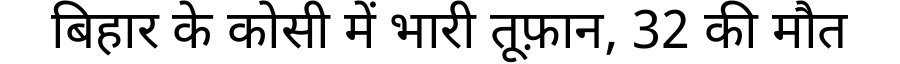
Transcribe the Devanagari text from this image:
बिहार के कोसी में भारी तूफ़ान, 32 की मौत